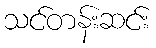
သင်တန်းဆင်း